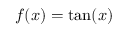
f ( x ) = \tan ( x )